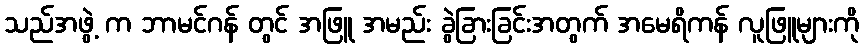
သည်အဖွဲ့ က ဘာမင်ဂန် တွင် အဖြူ အမည်း ခွဲခြားခြင်းအတွက် အမေရိကန် လူဖြူများကို